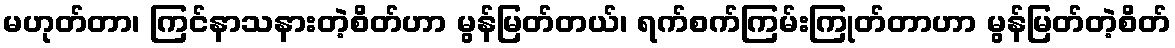
မဟုတ်တာ၊ ကြင်နာသနားတဲ့စိတ်ဟာ မွန်မြတ်တယ်၊ ရက်စက်ကြမ်းကြုတ်တာဟာ မွန်မြတ်တဲ့စိတ်